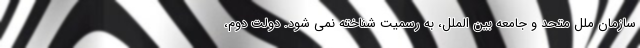
سازمان ملل متحد و جامعه بین الملل، به رسمیت شناخته نمی شود. دولت دوم،